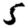
Digit: 5